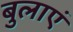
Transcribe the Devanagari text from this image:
बुलाएं